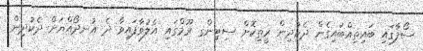
ސޯފާގައި ބައިތިއްބައިގެން ދެކުދިން ރީތިކޮށް ސިޓިންގ ރޫމްގައި އެލުވާފައިވާ ދެ އުނދޯއްޔަށް ދެކުދިން